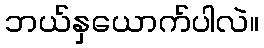
ဘယ်နှယောက်ပါလဲ။